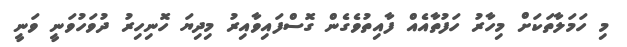
މި ހަމަލާތަކަށް މިހާރު ހަފުތާއެއް ފާއިތުވެގެން ގޮސްފައިވާއިރު މިދިޔަ ހޮނިހިރު ދުވަހުވަނީ ވަނީ